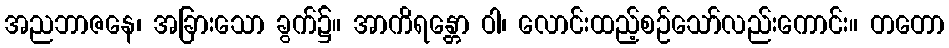
အညဘာဇနေ၊ အခြားသော ခွက်၌။ အာကိရန္တော ဝါ၊ လောင်းထည့်စဉ်သော်လည်းကောင်း။ တတော